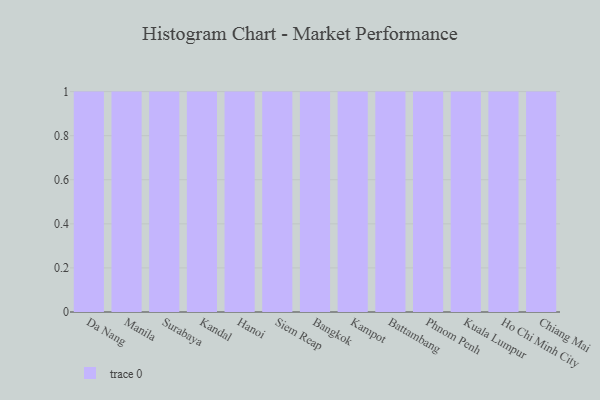
{"axis": {"x": "City", "y": "Satisfaction Score"}, "legend": [""], "data": [{"x": "Da Nang", "y": 78, "type": ""}, {"x": "Manila", "y": 88, "type": ""}, {"x": "Surabaya", "y": 81, "type": ""}, {"x": "Kandal", "y": 74, "type": ""}, {"x": "Hanoi", "y": 32, "type": ""}, {"x": "Siem Reap", "y": 59, "type": ""}, {"x": "Bangkok", "y": 78, "type": ""}, {"x": "Kampot", "y": 2, "type": ""}, {"x": "Battambang", "y": 83, "type": ""}, {"x": "Phnom Penh", "y": 90, "type": ""}, {"x": "Kuala Lumpur", "y": 7, "type": ""}, {"x": "Ho Chi Minh City", "y": 36, "type": ""}, {"x": "Chiang Mai", "y": 7, "type": ""}]}